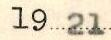
1921